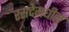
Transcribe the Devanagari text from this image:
रसदेमधील